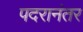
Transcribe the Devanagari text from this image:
पदरानंतर